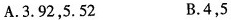
A.3.92，5.52 B.4，5